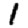
Digit: 1